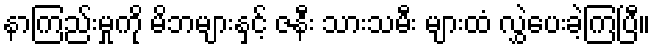
နာကြည်းမှုကို မိဘများနှင့် ဇနီး သားသမီး များထံ လွှဲပေးခဲ့ကြပြီ။